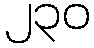
၂၃၀